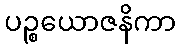
ပဉ္စယောဇနိကာ